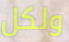
ولكل